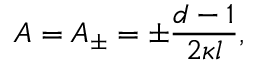
A = A _ { \pm } = \pm \frac { d - 1 } { 2 \kappa l } ,